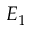
E _ { 1 }